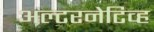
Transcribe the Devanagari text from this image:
अल्टरनेटिव्ह